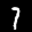
Label: 7